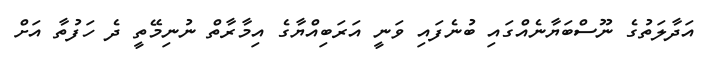
އަދާލަތުގެ ނޫސްބަޔާނެއްގައި ބުނެފައި ވަނީ އަރަބިއްޔާގެ އިމާރާތް ނުނިމޭތީ ދެ ހަފުތާ އަށް